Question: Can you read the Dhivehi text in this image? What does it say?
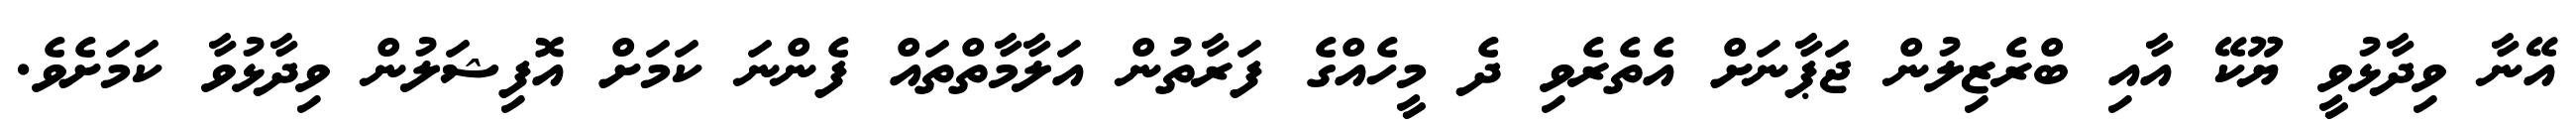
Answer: އޭނާ ވިދާޅުވީ ޔޫކޭ އާއި ބްރެޒިލުން ޖަޕާނަށް އެތެރެވި ދެ މީހެއްގެ ފަރާތުން އަލާމާތްތައް ފެންނަ ކަމަށް އޮފިޝަލުން ވިދާޅުވާ ކަމަށެވެ.